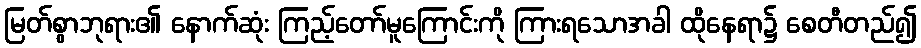
မြတ်စွာဘုရား၏ နောက်ဆုံး ကြည့်တော်မူကြောင်းကို ကြားရသောအခါ ထိုနေရာ၌ စေတီတည်၍